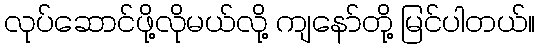
လုပ်ဆောင်ဖို့လိုမယ်လို့ ကျနော်တို့ မြင်ပါတယ်။